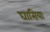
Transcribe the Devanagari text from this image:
घासिया